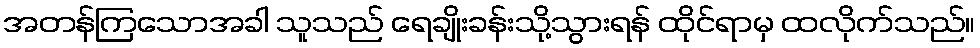
အတန်ကြသောအခါ သူသည် ရေချိုးခန်းသို့သွားရန် ထိုင်ရာမှ ထလိုက်သည်။